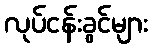
လုပ်ငန်းခွင်များ